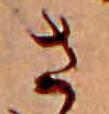
さ